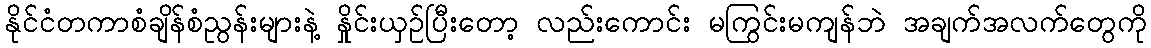
နိုင်ငံတကာစံချိန်စံညွန်းများနဲ့ နှိုင်းယှဉ်ပြီးတော့ လည်းကောင်း မကြွင်းမကျန်ဘဲ အချက်အလက်တွေကို